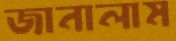
জানালাম